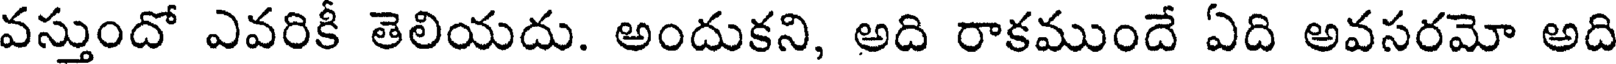
వస్తుందో ఎవరికీ తెలియదు. అందుకని, అది రాకముందే ఏది అవసరమో అది